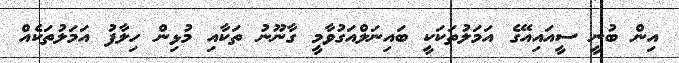
އިން ބުނީ ސީއައިއޭގެ އަމަލުތަކަކީ ބައިނަލްއަގުވާމީ ގާނޫނު ތަކާއި މުޅިން ހިލާފު އަމަލުތަކެއް